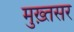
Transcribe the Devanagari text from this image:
मुख़्तसर